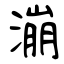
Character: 漰